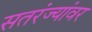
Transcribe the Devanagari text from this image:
सतरंज्यांवर